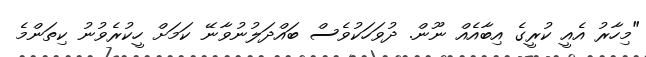
"މިހާރު އެއީ ކުރީގެ އިބާއެއް ނޫން. ދުވަހަކުވެސް ބައްދަލުނުވާނޭ ކަމަށް ހީކުރެވުނު ކިތަންމެ